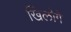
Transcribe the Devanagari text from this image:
खिलोगे